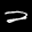
Label: 2